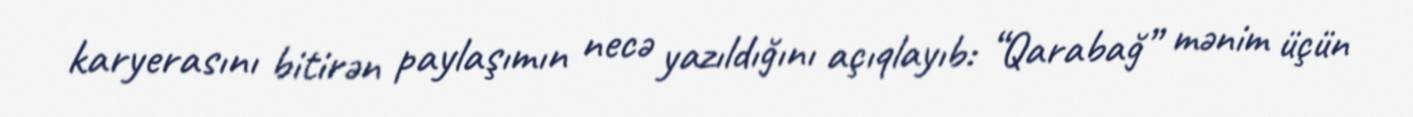
karyerasını bitirən paylaşımın necə yazıldığını açıqlayıb: “Qarabağ” mənim üçün